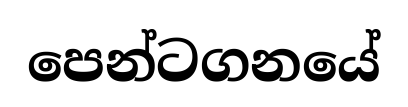
පෙන්ටගනයේ